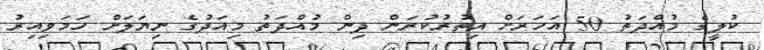
ކުލީގެ މުއްދަތު 50 އަހަރަށް އިތުރުކުރަން ދިން މުއްދަތު މިއަދުގެ ނިޔަލަށް ހަމަވިއިރު